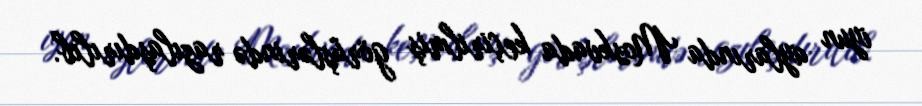
iyun aylarında Moskvada keçirilmiş görüşlərində razılaşdırılıb.